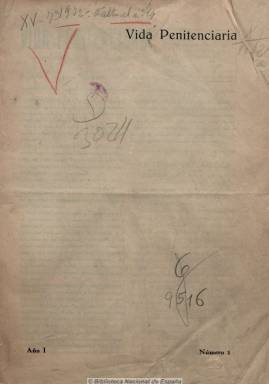
Título: Vida penitenciaria
Colección: Establecimientos penitenciarios
Ámbito geográfico: Madrid
Lugar de publicación: Madrid
Fechas: 20/06/1932-30/06/1936

Subtitulada “revista decenal de prisiones”, es un periódico profesional, eco del Cuerpo de Prisiones, dirigida por Arturo Romero de Marcotte, que incluye artículos, noticias, informaciones, estudios, entrevistas, crónicas y reportajes sobre los establecimientos penitenciarios y su régimen normativo, de la mutualidad y el movimiento de personal (nombramientos, vacantes, etc.) de sus funcionarios, y comentarios al desarrollo legislativo de esta materia durante la II República española y a las doctrinas de importantes penalistas de la época, como Luis Jiménez de Asúa, Mariano Ruiz Funes, Eugenio Cuello Calón o Álvaro Navarro de Palencia. También ofrece noticias del extranjero. Muchos de sus textos son firmados por directores y personal de los centros, acompañados de fotografías. Se publicó, generalmente en números de 16 páginas, entre 1932 y 1936.